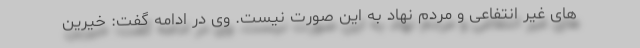
های غیر انتفاعی و مردم نهاد به این صورت نیست. وی در ادامه گفت: خیرین